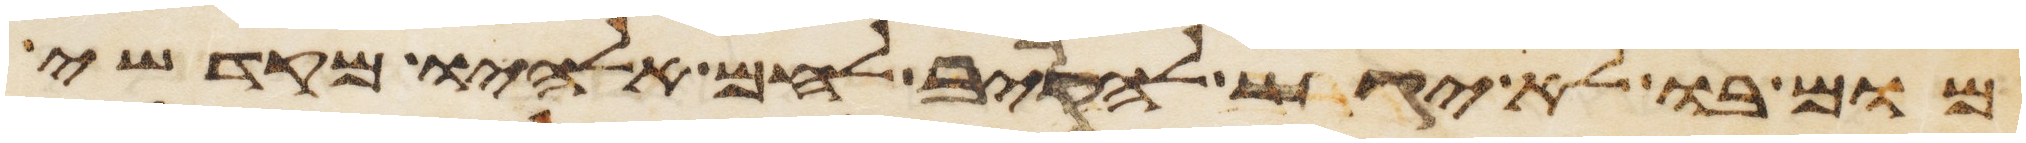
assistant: מום בו לא יגש להקריב לחם אלהיו מקדשי